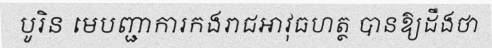
បូរិន មេបញ្ជាការកងរាជអាវុធហត្ថ បានឱ្យដឹងថា